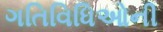
ગતિવિધિઓની